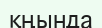
қңында